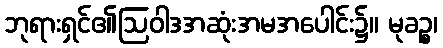
ဘုရားရှင်၏ဩဝါဒအဆုံးအမအပေါင်း၌။ မုခဉ္စ၊